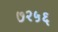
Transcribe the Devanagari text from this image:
७२५६